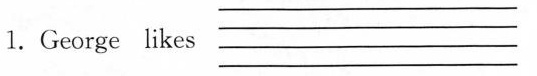
1.George likes _________